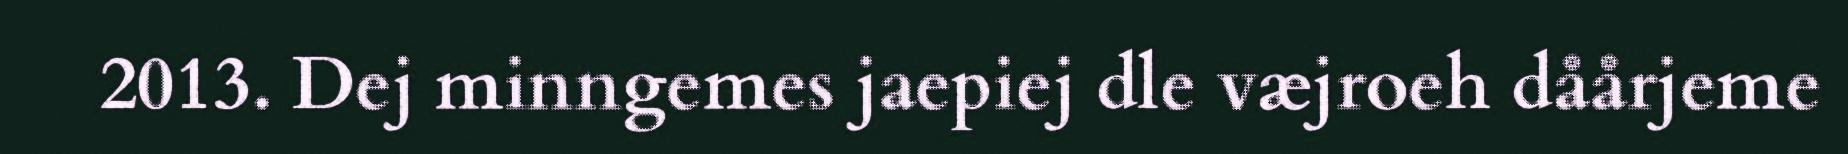
2013. Dej minngemes jaepiej dle væjroeh dåårjeme